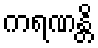
ကရဏန္တိ